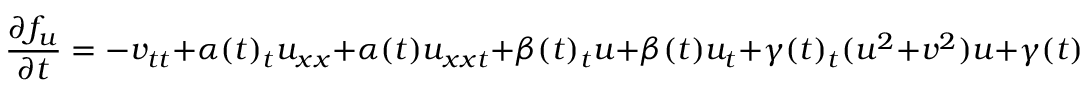
\frac { \partial f _ { u } } { \partial t } = - v _ { t t } + \alpha ( t ) _ { t } u _ { x x } + \alpha ( t ) u _ { x x t } + \beta ( t ) _ { t } u + \beta ( t ) u _ { t } + \gamma ( t ) _ { t } ( u ^ { 2 } + v ^ { 2 } ) u + \gamma ( t ) ( 2 u u _ { t } + 2 v v _ { t } ) u + \gamma ( t ) ( u ^ { 2 } + v ^ { 2 } ) u _ { t } ,